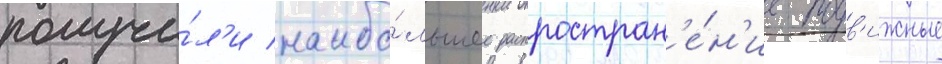
получи́л'и наибо́льшее распростран'е́н'ие подв'ижные